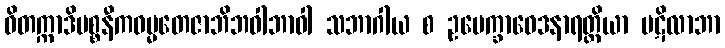
ဝိတက္ကာဒိပစ္စနီကဓမ္မတေဇာဘိဘဝါဘာဝါ သဘာဂါယ စ ဥပေက္ခာဝေဒနာရတ္တိယာ ပဋိလာဘာ